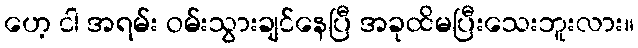
ဟေ့ ငါ အရမ်း ဝမ်းသွားချင်နေပြီ အခုထိမပြီးသေးဘူးလား။